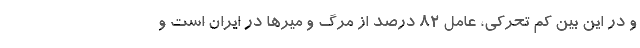
و در این بین کم تحرکی، عامل ۸۲ درصد از مرگ و میرها در ایران است و